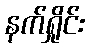
နက်ရှိုင်း